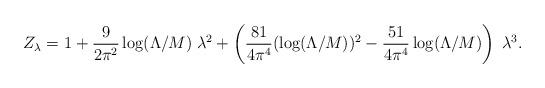
LaTeX: \begin{align*}Z_\lambda = 1 + \frac{9}{2 \pi^2} \log(\Lambda/M)\;\lambda^2 + \left( \frac{81}{4 \pi^4} (\log (\Lambda/M))^2 -\frac{51}{4 \pi^4} \log(\Lambda/M)\right)\; \lambda^3.\end{align*}